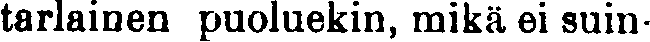
tarlainen puoluekin, mikä ei suin-